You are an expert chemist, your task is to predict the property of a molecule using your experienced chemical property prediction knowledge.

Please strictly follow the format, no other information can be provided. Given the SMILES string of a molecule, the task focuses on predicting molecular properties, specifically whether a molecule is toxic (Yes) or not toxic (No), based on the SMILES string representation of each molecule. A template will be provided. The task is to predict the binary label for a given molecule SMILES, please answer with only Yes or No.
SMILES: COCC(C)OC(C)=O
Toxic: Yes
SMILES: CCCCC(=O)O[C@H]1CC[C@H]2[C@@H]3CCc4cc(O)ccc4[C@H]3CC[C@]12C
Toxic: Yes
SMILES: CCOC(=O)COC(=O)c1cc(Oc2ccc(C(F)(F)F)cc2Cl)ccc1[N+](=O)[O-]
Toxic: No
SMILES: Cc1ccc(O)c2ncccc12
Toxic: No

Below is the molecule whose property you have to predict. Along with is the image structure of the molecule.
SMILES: O=[N+]([O-])c1cccc(Cl)c1Cl
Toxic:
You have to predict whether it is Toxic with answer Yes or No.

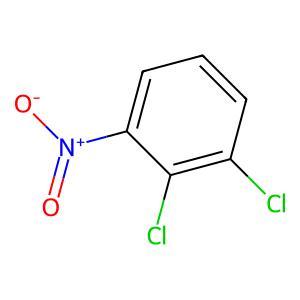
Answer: No